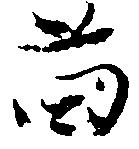
苗